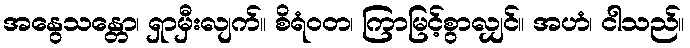
အနွေသန္တော၊ ရှာမှီးလျက်။ စိရံဝတ၊ ကြာမြင့်စွာလျှင်။ အဟံ၊ ငါသည်။